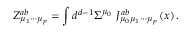
Z _ { \mu _ { 1 } \cdots \mu _ { p } } ^ { a b } = \int d ^ { d - 1 } \Sigma ^ { \mu _ { 0 } } \, \, J _ { \mu _ { 0 } \mu _ { 1 } \cdots \mu _ { p } } ^ { a b } \left( x \right) .